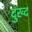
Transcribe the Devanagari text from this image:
दुख्द